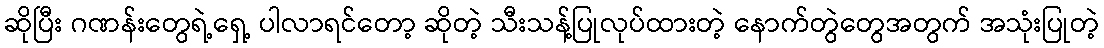
ဆိုပြီး ဂဏန်းတွေရဲ့ရှေ့ ပါလာရင်တော့ ဆိုတဲ့ သီးသန့်ပြုလုပ်ထားတဲ့ နောက်တွဲတွေအတွက် အသုံးပြုတဲ့